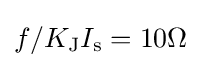
f/K_{\text{J}}I_{\text{s}}=10\Omega